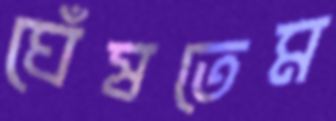
ঘেঁষতেম